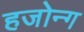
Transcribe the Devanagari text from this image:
हजोन्ग